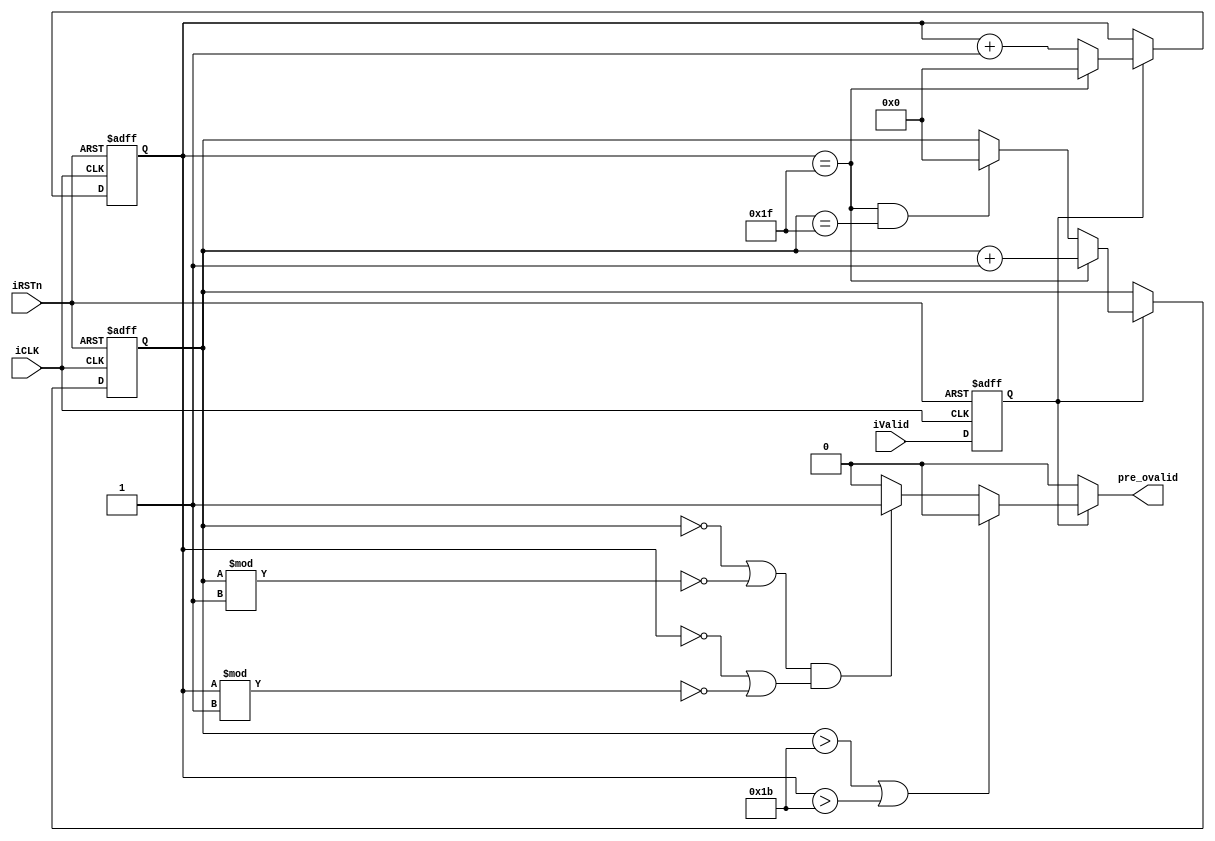
module ctrl
#(parameter IN_COL_SIZE = 32, K_SIZE = 5, STRIDE = 1)
(
    input iCLK,
    input iRSTn,
    input iValid,
    output pre_ovalid
);

reg  buff_ivalid;
reg [4:0] i;
reg [4:0] j;


assign pre_ovalid = !buff_ivalid ? 1'b0 : i>(IN_COL_SIZE-K_SIZE) || j>(IN_COL_SIZE-K_SIZE) ? 1'b00 : (i==5'b0 || i%STRIDE==1'b0) && (j==5'b0 || j%STRIDE==1'b0) ? 1'b1 : 1'b0;

// x_in D
always@(posedge iCLK, negedge iRSTn) begin
    // Fill in your code here
    if (!iRSTn) begin
        buff_ivalid <= 0;
    end
    else 
        buff_ivalid <= iValid;
end

// i counter
always@(posedge iCLK, negedge iRSTn) begin
    if (!iRSTn) begin
        i <= 0;
    end
    else if (buff_ivalid) begin
        if (j==IN_COL_SIZE-1)
            i <= i + 1;
        else if (j==IN_COL_SIZE-1 && i==IN_COL_SIZE-1)
            i <= 0;
    end
end

// j counter
always@(posedge iCLK, negedge iRSTn) begin
    if (!iRSTn) begin
        j <= 0;
    end
    else if (buff_ivalid) begin
        if (j==IN_COL_SIZE-1)
            j <= 0;
        else
            j <= j + 1;
    end
end

endmodule